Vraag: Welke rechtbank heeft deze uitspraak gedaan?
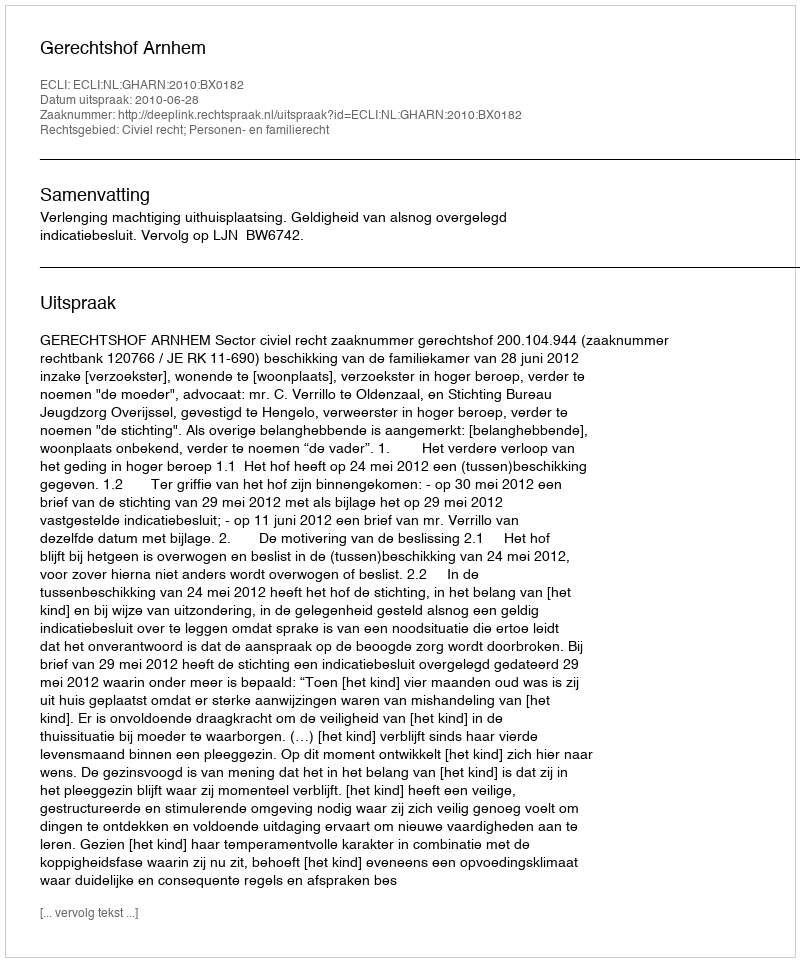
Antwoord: Gerechtshof Arnhem